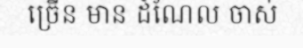
ច្រើន មាន ដំណែល ចាស់